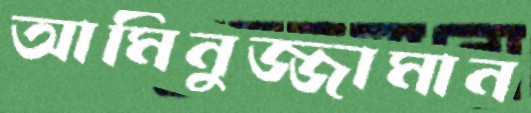
আমিনুজ্জামান